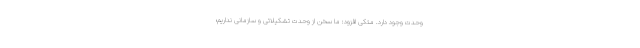
وحدت وجود دارد. متکی افزود: ما سخن از وحدت تشکیلاتی و سازمانی نداریم؛